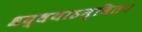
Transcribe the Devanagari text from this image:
श्रद्धयाऽन्वितः।